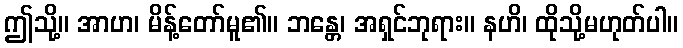
ဤသို့။ အာဟ၊ မိန့်တော်မူ၏။ ဘန္တေ၊ အရှင်ဘုရား။ နဟိ၊ ထိုသို့မဟုတ်ပါ။